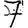
Digit: 7